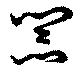
噐